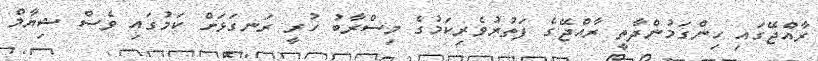
ރާއްޖޭގައި ހިންގަމުންދާތީ ރާއްޖޭގެ ފަތުރުވެރިކަމުގެ މިސްރާބު ހުރީ ރަނގަޅަށް ކަމުގައި ވެސް ޝިޔާމް